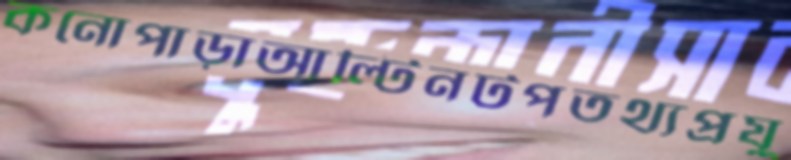
কনোপাড়াআল্টিনটপতথ্যপ্রযু